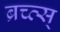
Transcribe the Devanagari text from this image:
ब्रच्त्स्